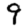
Digit: 9